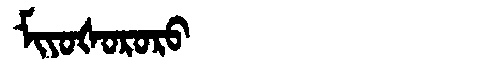
Manchu: ᠮᡳᠶᠣᡧᠣᡵᠣᡵᠣ
Romanization: MIYOŠORORO